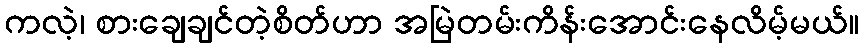
ကလဲ့၊ စားချေချင်တဲ့စိတ်ဟာ အမြဲတမ်းကိန်းအောင်းနေလိမ့်မယ်။